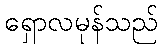
ရှောလမုန်သည်